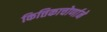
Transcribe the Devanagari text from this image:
कित्तिकाचोर्णाने